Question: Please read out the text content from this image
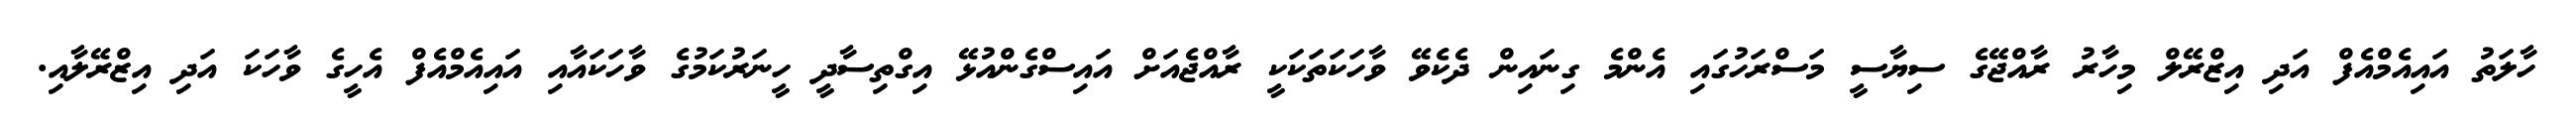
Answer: ހާލަތު އައިއެމްއެފް އަދި އިޒްރޭލް މިހާރު ރާއްޖޭގެ ސިޔާސީ މަސްރަހުގައި އެންމެ ގިނައިން ދެކެވޭ ވާހަކަތަކަކީ ރާއްޖެއަށް އައިސްގެންއުޅޭ އިގްތިސާދީ ހީނަރުކަމުގެ ވާހަކައާއި އައިއެމްއެފް އެހީގެ ވާހަކަ އަދި އިޒްރޭލާއި.